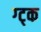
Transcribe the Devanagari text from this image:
ग्ट्क